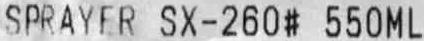
SPRAYER SX-260# 550ML